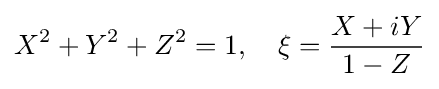
X^{2}+Y^{2}+Z^{2}=1,\quad \xi ={\frac {X+iY}{1-Z}}